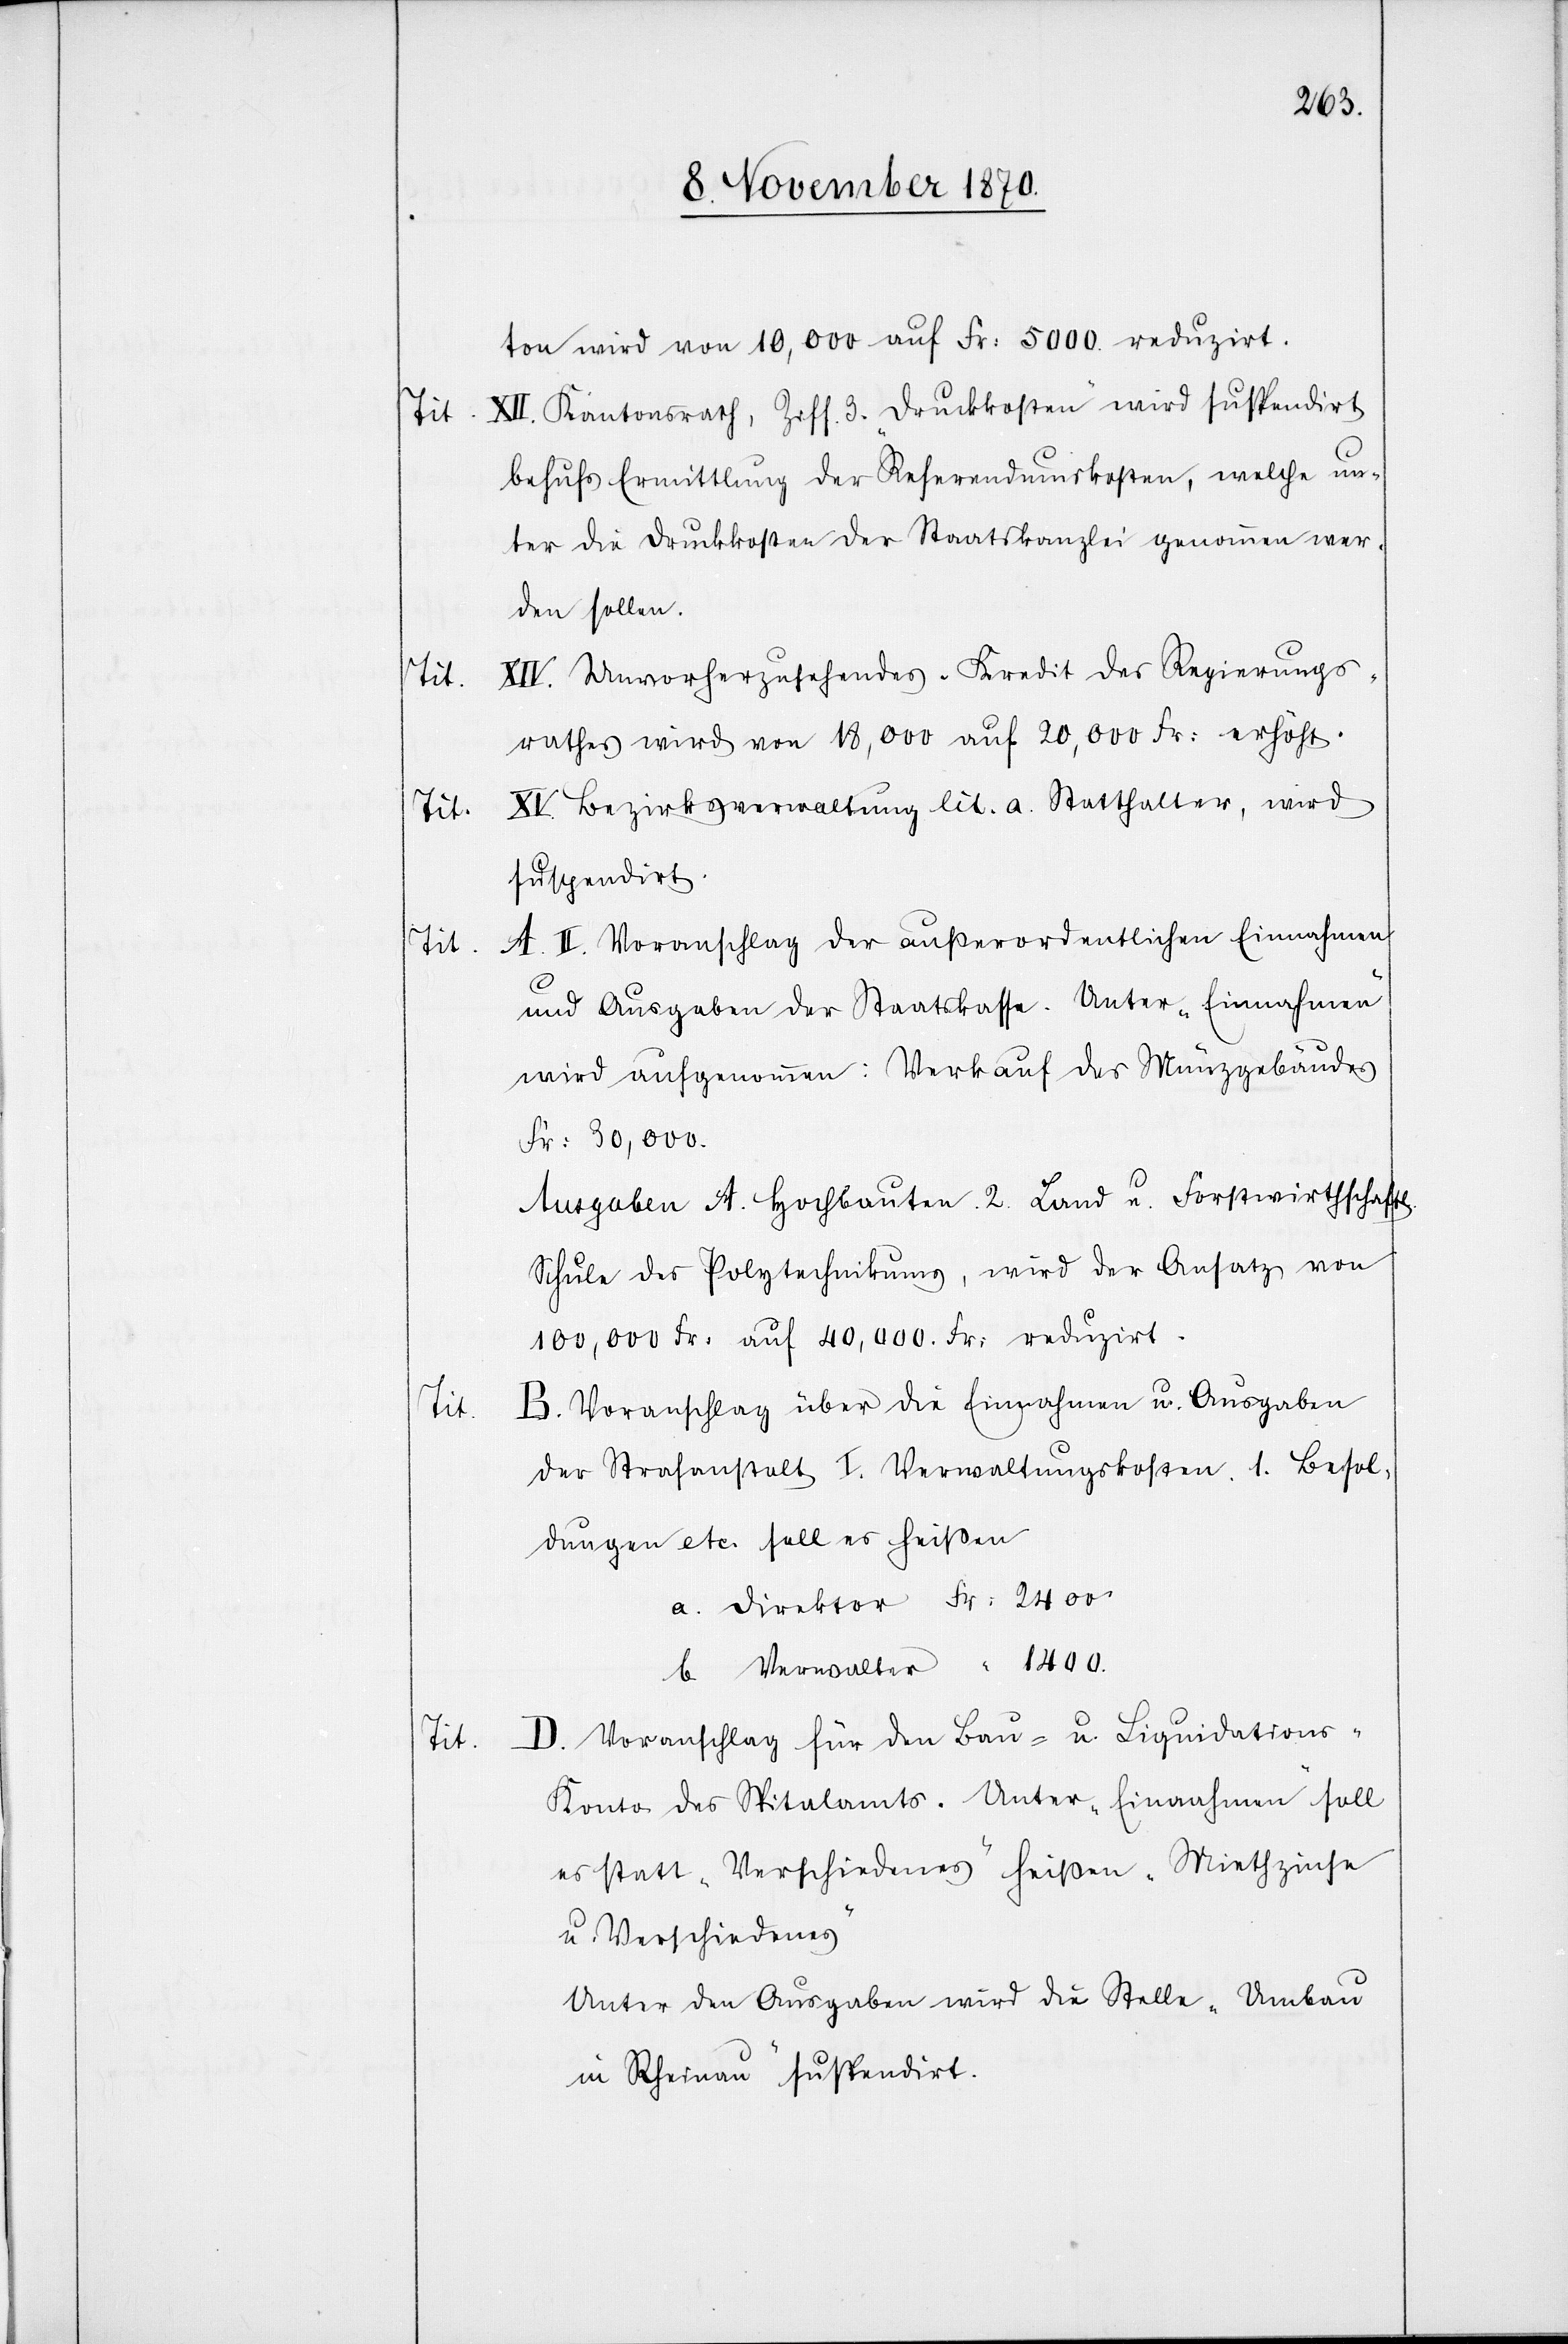
Tit.

ton wird von 10,000 auf Fr: 5000 reduzirt.
XII. Kantonsrath, Ziff. 3. „Drucksachen“ wird suspendirt
behufs Ermittlung der Referendumskosten, welche un¬
ter die Druckkosten der Staatskanzlei genommen wer¬
den sollen.
XIV. Unvorherzusehendes. Kredit des Regierungs¬
rathes wird von 18,000 auf 20,000 Fr: erhöht.
Bezirksverwaltung lit. a. Statthalter, wird
suspendirt.
A. II. Voranschlag der außerordentlichen Einnahmen
und Ausgaben der Staatskasse. Unter „Einnahmen“
wird aufgenommen: Verkauf des Münzgebäudes
Fr: 30,000.
Ausgaben A. Hochbauten. 2. Land u. Forstwirthschaftl.
Schule des Polytechnikums, wird der Ansatz von
100,000 Fr: auf 40,000 Fr: reduzirt.
B. Voranschlag über die Einnahmen u. Ausgaben
der Strafanstalt I. Verwaltungskosten. 1. Besol¬
dungen etc. soll es heißen
a. Direktor Fr: 2400
b. Verwalter “ 1400.
D. Voranschlag für den Bau- u. Liquidations-K¬
onto des Spitalamts. Unter „Einnahmen“ soll
es statt „Verschiedenes“ heißen „Miethzinse
u. Verschiedenes“
Unter den Ausgaben wird die Stelle „Umbau
in Rheinau“ suspendirt.